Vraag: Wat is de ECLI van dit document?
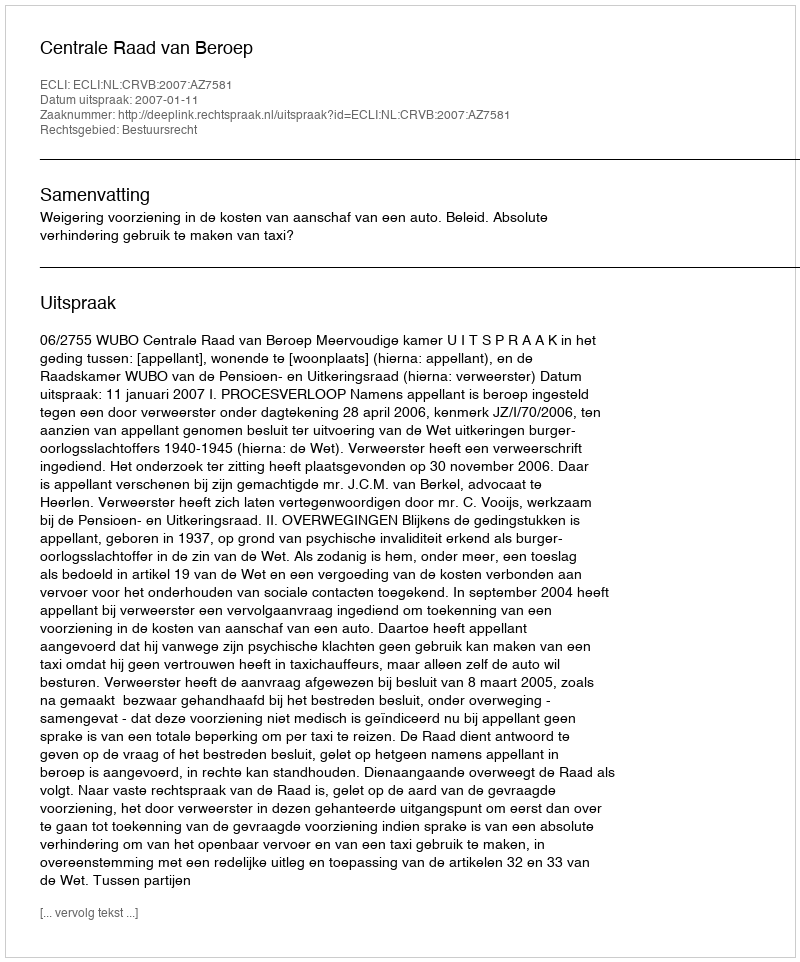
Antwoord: ECLI:NL:CRVB:2007:AZ7581